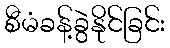
စီမံခန့်ခွဲနိုင်ခြင်း